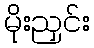
မိုးညှင်း